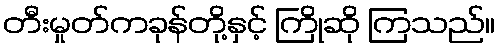
တီးမှုတ်ကခုန်တို့နှင့် ကြိုဆို ကြသည်။